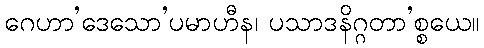
ဂေဟာ’ဒေသော’ပမာဟီန၊ ပသာဒနိဂ္ဂတာ’စ္စယေ။